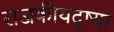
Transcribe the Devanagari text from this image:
राजकीयदृष्या